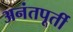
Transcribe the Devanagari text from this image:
अनंतपूर्ती